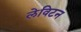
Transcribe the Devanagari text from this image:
लेविटन